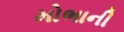
મોભાની